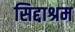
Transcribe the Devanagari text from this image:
सिद्दाश्रम